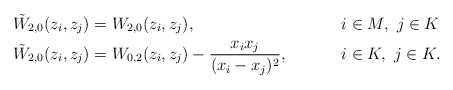
\begin{align*}\tilde W_{2,0}(z_i,z_j)&=W_{2,0}(z_i,z_j),&&i\in M,~j\in K\\\tilde W_{2,0}(z_i,z_j)&=W_{0,2}(z_i,z_j)-\frac{x_ix_j}{(x_i-x_j)^2},&&i\in K,~j\in K.\end{align*}